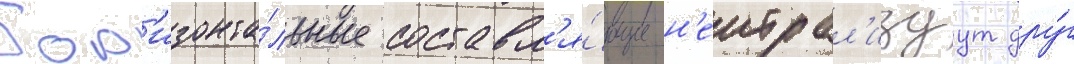
Гор'изонта́льные составл'я́ющие н'еитрал'изуут дру́г